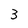
Character: 3